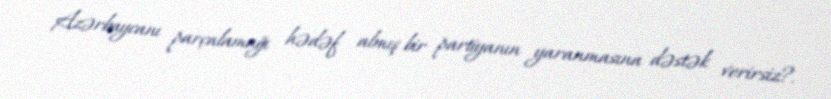
Azərbaycanı parçalamağı hədəf almış bir partiyanın yaranmasına dəstək verirsiz?.